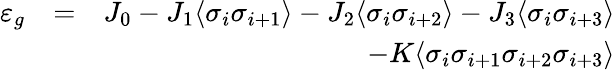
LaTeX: \begin{array}{rlr}{\varepsilon_{g}}&{=}&{J_{0}-J_{1}\langle\sigma_{i}\sigma_{i+1}\rangle-J_{2}\langle\sigma_{i}\sigma_{i+2}\rangle-J_{3}\langle\sigma_{i}\sigma_{i+3}\rangle}\\ &{}&{-K\langle\sigma_{i}\sigma_{i+1}\sigma_{i+2}\sigma_{i+3}\rangle}\end{array}